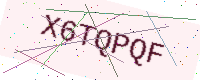
Text: X6TQPQF